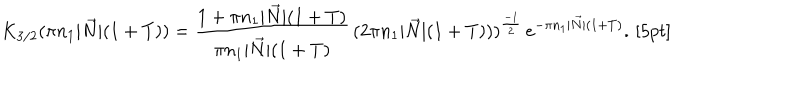
LaTeX: K _ { 3 / 2 } ( \pi n _ { 1 } | \vec { N } | ( 1 + T ) ) = \frac { 1 + \pi n _ { 1 } | \vec { N } | ( 1 + T ) } { \pi n _ { 1 } | \vec { N } | ( 1 + T ) } \, ( 2 \pi n _ { 1 } | \vec { N } | ( 1 + T ) ) ) ^ { \frac { - 1 } { 2 } } \, e ^ { - \pi n _ { 1 } | \vec { N } | ( 1 + T ) } . \, [ 5 p t ]